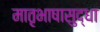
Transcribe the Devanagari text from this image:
मातृभाषासुद्धा